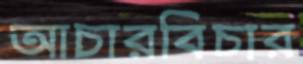
আচারবিচার